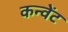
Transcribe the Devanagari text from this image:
कन्वेंट